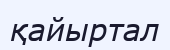
қайыртал